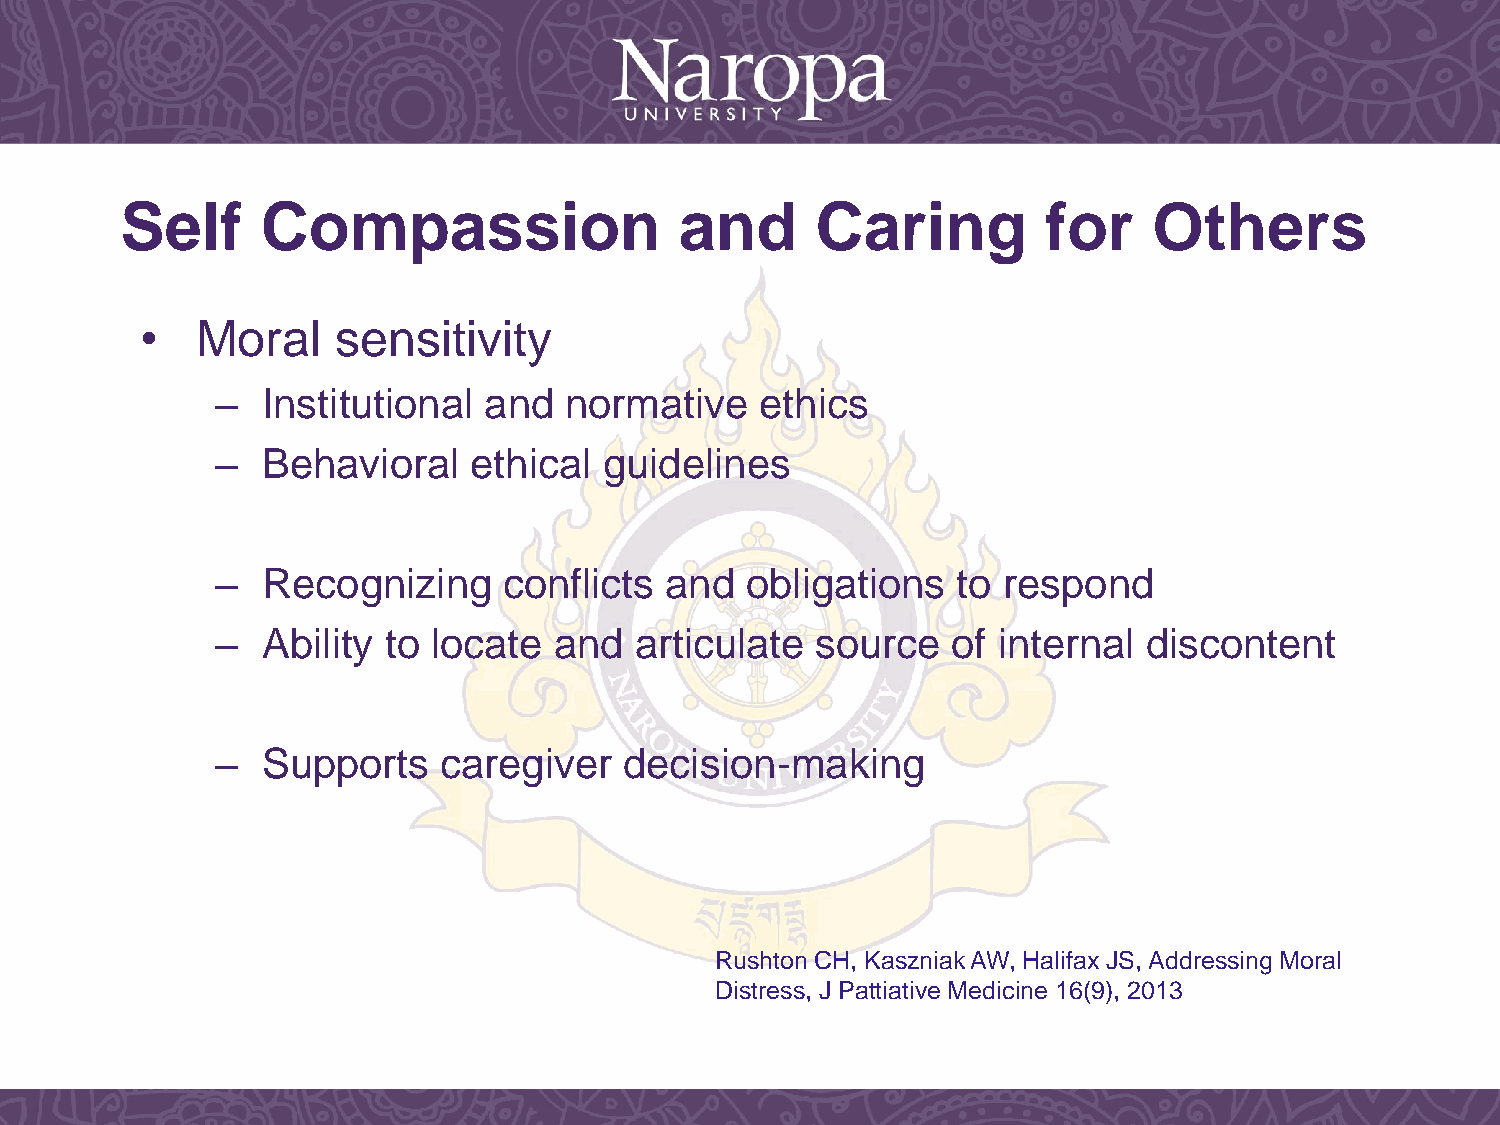
Self     Compassion                  and      Caring         for    Others
 •   Moral    sensitivity
 –  Institutional  and  normative    ethics
 –  Behavioral    ethical  guidelines
 –  Recognizing     conflicts  and  obligations   to respond
 –  Ability to  locate  and  articulate  source   of internal  discontent
 –  Supports    caregiver   decision-making
 Rushton CH, Kaszniak AW, Halifax JS, Addressing Moral
 Distress, J Pattiative Medicine 16(9), 2013